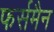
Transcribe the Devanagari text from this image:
फर्समैन